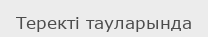
Теректі тауларында